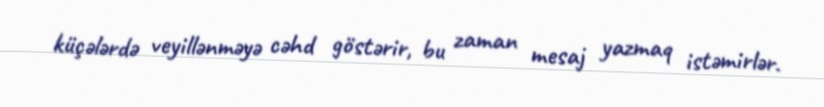
küçələrdə veyillənməyə cəhd göstərir, bu zaman mesaj yazmaq istəmirlər.